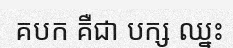
គបក គឺជា បក្ស ឈ្នះ